Medical and sanitary report of the native army of Bengal for the year
Year: 1874
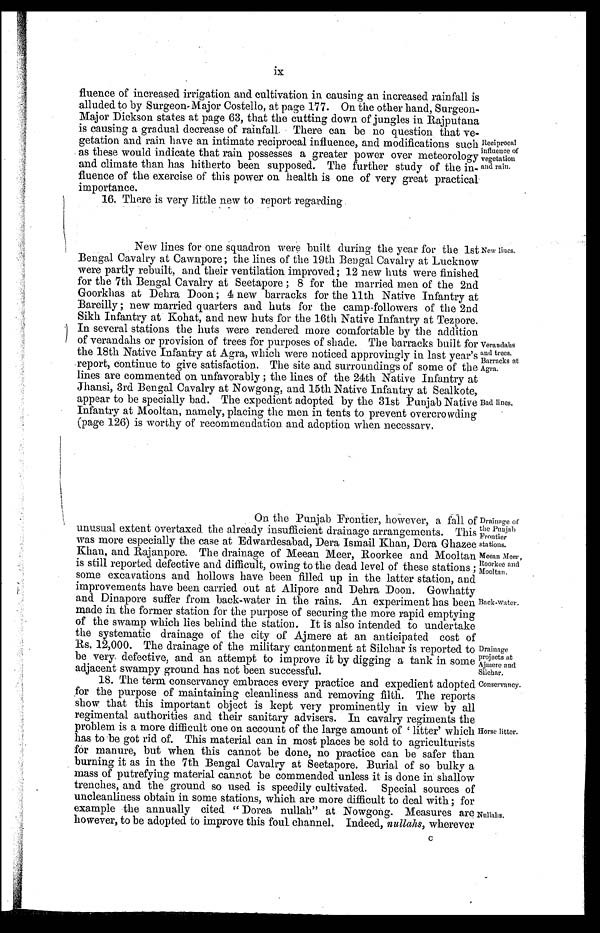
Drainage of
the Punjab
Frontier
stations.
Meean Meer,
Roorkee and
Mooltan.
ix
fluence of increased irrigation and cultivation in causing an increased rainfall is
alluded to by Surgeon-Major Costello, at page 177. On the other hand, Surgeon-
Major Dickson states at page 63, that the cutting down of jungles in Rajputana
is causing a gradual decrease of rainfall. There can be no question that ve-
getation and rain have an intimate reciprocal influence, and modifications such
as these would indicate that rain possesses a greater power over meteorology
and climate than has hitherto been supposed. The further study of the in-
fluence of the exercise of this power on health is one of very great practical
importance.
16. There is very little new to report regarding
Reciprocal
influence of
vegetation
and rain.
New lines for one squadron were built during the year for the 1st
Bengal Cavalry at Cawnpore ; the lines of the 19th Bengal Cavalry at Lucknow
were partly rebuilt, and their ventilation improved; 12 new huts were finished
for the 7th Bengal Cavalry at Seetapore ; 8 for the married men of the 2nd
Goorkhas at Dehra Doon ; 4 new barracks for the 11th Native Infantry at
Bareilly ; new married quarters and huts for the camp-followers of the 2nd
Sikh Infantry at Kohat, and new huts for the 16th Native Infantry at Tezpore.
In several stations the huts were rendered more comfortable by the addition
of verandahs or provision of trees for purposes of shade. The barracks built for
the 18th Native Infantry at Agra, which were noticed approvingly in last year's
report, continue to give satisfaction. The site and surroundings of some of the
lines are commented on unfavorably ; the lines of the 24th Native Infantry at
Jhansi, 3rd Bengal Cavalry at Nowgong, and 15th Native Infantry at Sealkote,
appear to be specially bad. The expedient adopted by the 31st Punjab Native
Infantry at Mooltan, namely, placing the men in tents to prevent overcrowding
(page 126) is worthy of recommendation and adoption when necessary.
New lines.
Verandahs
and trees.
Barracks at
Agra.
Bad lines.
On the Punjab Frontier, however, a fall of
unusual extent overtaxed the already insufficient drainage arrangements. This
was more especially the case at Edwardesabad, Dera Ismail Khan, Dera Ghazee
Khan, and Rajanpore. The drainage of Meean Meer, Roorkee and Mooltan
is still reported defective and difficult, owing to the dead level of these stations ;
some excavations and hollows have been filled up in the latter station, and
improvements have been carried out at Alipore and Dehra Doon. Gowhatty
and Dinapore suffer from back-water in the rains. An experiment has been
made in the former station for the purpose of securing the more rapid emptying
of the swamp which lies behind the station. It is also intended to undertake
the systematic drainage of the city of Ajmere at an anticipated cost of
Rs. 12,000. The drainage of the military cantonment at Silchar is reported to
be very defective, and an attempt to improve it by digging a tank in some
adjacent swampy ground has not been successful.
18. The term conservancy embraces every practice and expedient adopted
for the purpose of maintaining cleanliness and removing filth. The reports
show that this important object is kept very prominently in view by all
regimental authorities and their sanitary advisers. In cavalry regiments the
problem is a more difficult one on account of the large amount
o f ' l i t t e r ' w h i c h h a s t o b e g o t r i d o f . T h i s m a t e r i a l c a n i n m o s t p l a c e s b e s o l d t o a g r i c u l t u r i s t s
for manure, but when this cannot be done, no practice can be safer than
burning it as in the 7th Bengal Cavalry at Seetapore. Burial of so bulky a
mass of putrefying material cannot be commended unless it is done in shallow
trenches, and the ground so used is speedily cultivated. Special sources of
uncleanliness obtain in some stations, which are more difficult to deal with ; for
example the annually cited " Dorea nullah" at Nowgong. Measures are
however, to be adopted to improve this foul channel. Indeed, nullahs, wherever
Back-water.
Drainage
projects at
Ajmere and
Silchar.
Conservancy.
Horse litter.
Nullahs.